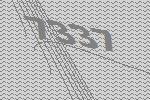
7337